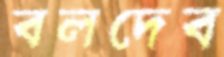
বলদেব